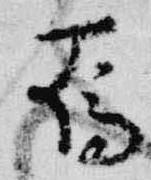
烏